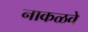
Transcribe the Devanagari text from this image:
नाकळवे